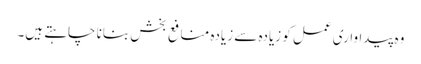
وہ پیداواری عمل کو زیادہ سے زیادہ منافع بخش بنانا چاہتے ہیں۔